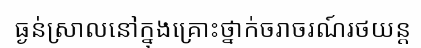
ធ្ងន់ស្រាលនៅក្នុងគ្រោះថ្នាក់ចរាចរណ៍រថយន្ត